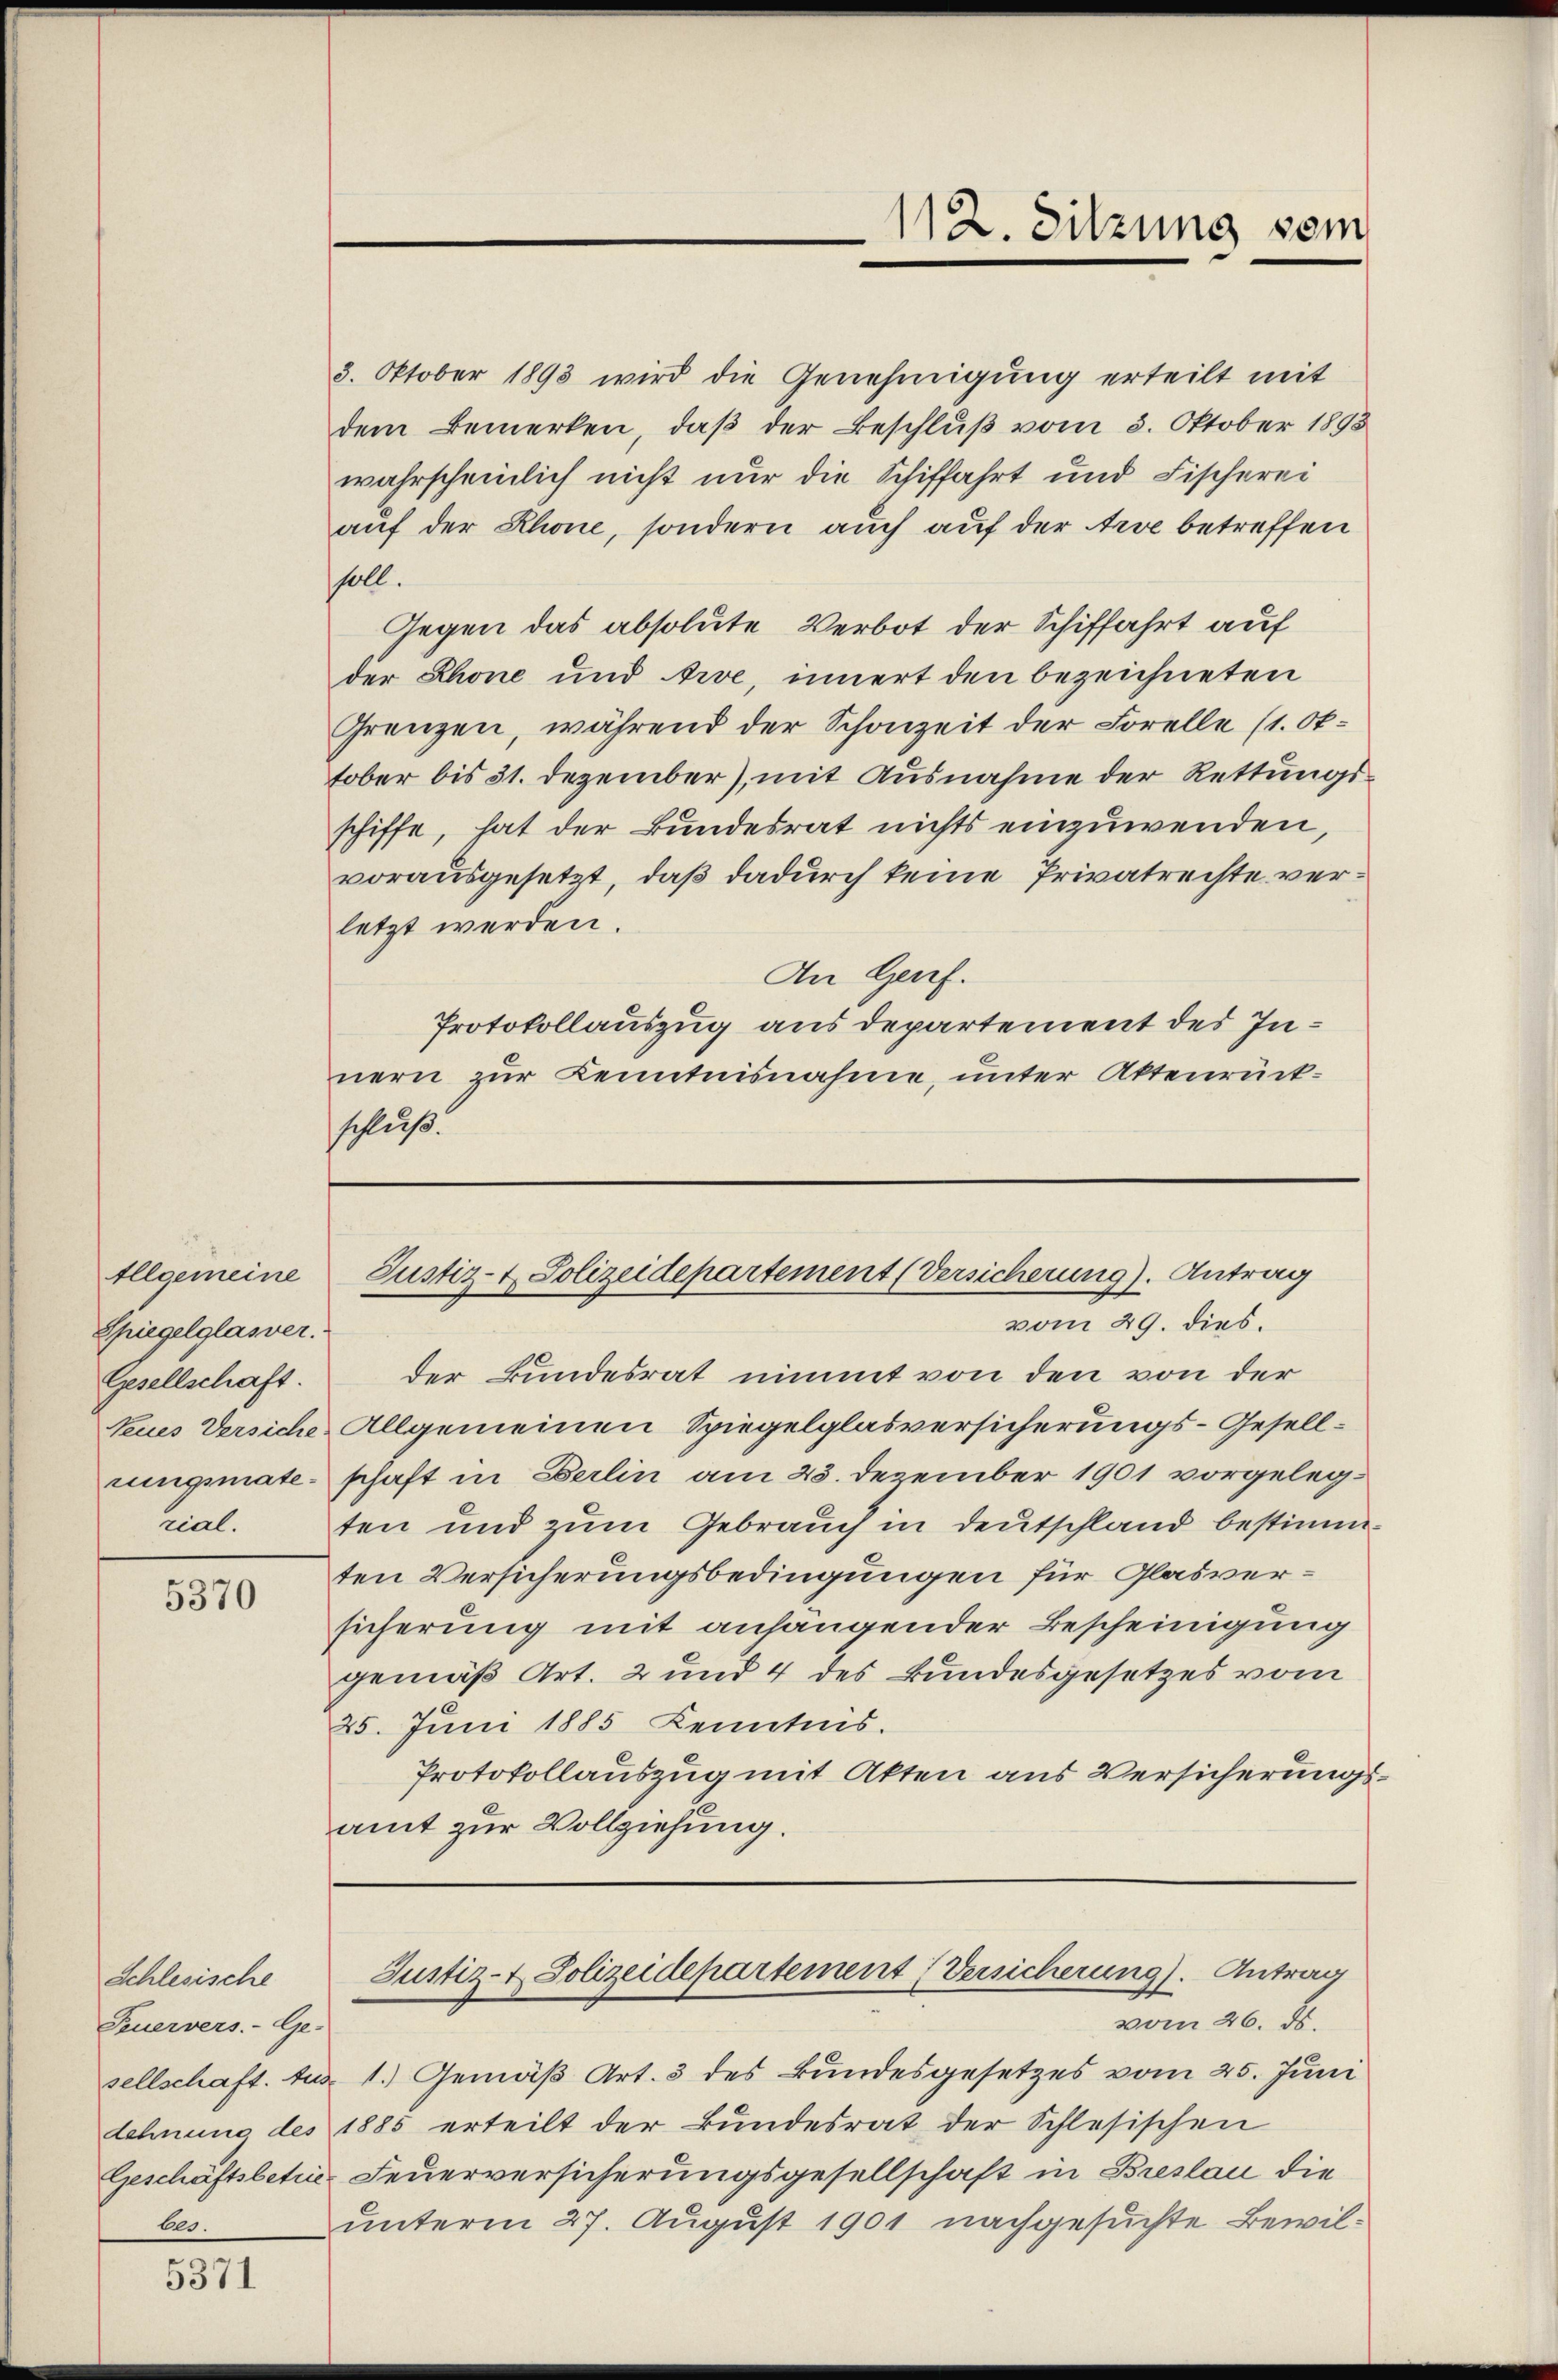
Illgemeine
Spiegelglasver.
Gesellschaft.
rial.

5370

Schlesische
Feuervers.- Ge-
bes.

5371

3. Oktober 1893 wird die Genehmigung erteilt mit
dem Bemerken, daß der Beschluß vom 5. Oktober 1893
wahrscheinlich nicht nur die Schiffahrt und Fischerei
auf der Rhone, sondern auch auf der Arve betreffen
soll.
Gegen das absolute Verbot der Schiffahrt auf
der Rhone und Arve, innert den bezeichneten
Grenzen, während der Schonzeit der Forelle (1. Oktober bis 31. Dezember), mit Ausnahme der Rettungs-
schiffe, hat der Bundesrat nichts einzuwenden,
vorausgesetzt, daß dadurch keine Privatrechte verletzt werden.
An Genf.
Protokollauszug aus departement des Innern zur Kenntnisnahme, unter Aktenrückschluß.

vom 26. ds.
sellschaft. Aus 1.) Gemäß Art. 3 des Bundesgesetzes vom 25. Juni
dehnung des 1885 erteilt der Bundesrat der Schlesischen
Geschäftsbetin Feuerversicherungsgesellschaft in Breslau die
unterm 27. August 1901 nachgesuchte Bewil¬

vom 29. dies.
der Bundesrat nimmt von den von der
Neues Versiche Allgemeinen Spiegelglasversicherungs-Gesellrungsmate schaft in Berlin am 23. Dezember 1901 vorgelegten und zum Gebrauch in deutschland bestimmten Versicherungsbedingungen für Glasversicherung mit anhängender Bescheinigung
gemäß Art. 2 und 4 des Bundesgesetzes vom
25. Juni 1885 Kenntnis.
Protokollauszug mit Akten aus Versicherungsamt zur Vollziehung.

112. Sitzung vom

Justiz- & Polizeidepartement (Versicherung). Antrag

Justiz- & Polizeidepartement (Versicherung). Antrag